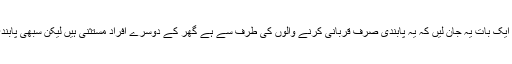
بال وناخن کی پابندی سے متعلق ایک بات یہ جان لیں کہ یہ پابندی صرف قربانی کرنے والوں کی طرف سے ہے گھر کے دوسرے افراد مستثنی ہیں لیکن سبھی پابندی کرنا چاہیں تو اچھی بات ہے ۔